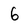
Character: 6